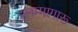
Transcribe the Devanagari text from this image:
इलम्मागारू